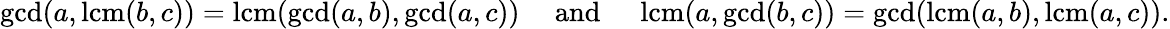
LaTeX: \operatorname*{gcd}(a,\operatorname{lcm}(b,c))=\operatorname{lcm}(\operatorname*{gcd}(a,b),\operatorname*{gcd}(a,c))\quad{\mathrm{~and~}}\quad\operatorname{lcm}(a,\operatorname*{gcd}(b,c))=\operatorname*{gcd}(\operatorname{lcm}(a,b),\operatorname{lcm}(a,c)).